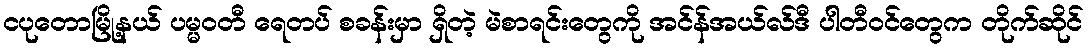
ငပုတောမြို့နယ် ပမ္မဝတီ ရေတပ် စခန်းမှာ ရှိတဲ့ မဲစာရင်းတွေကို အင်န်အယ်လ်ဒီ ပါတီဝင်တွေက တိုက်ဆိုင်